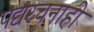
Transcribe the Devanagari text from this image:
पद्यरचनाही